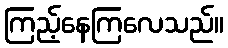
ကြည့်နေကြလေသည်။